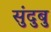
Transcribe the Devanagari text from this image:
सुंदुबु